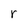
Character: r